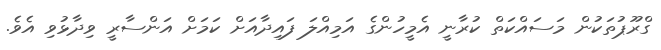
ގްރޫޕުތަކުން މަސައްކަތް ކުރާނީ އެމީހުންގެ އަމިއްލަ ފައިދާއަށް ކަމަށް އަންސާރީ ވިދާޅުވި އެވެ.